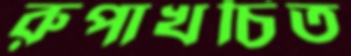
রুপাখচিত